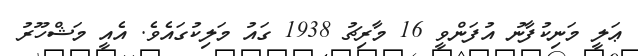
ޢަލީ މަނިކުފާނު އުފަންވީ 16 މާރިޗު 1938 ގައު މަލިކުގައެވެ. އެއީ މަޝްހޫރު